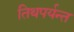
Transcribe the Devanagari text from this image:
तिथपर्यन्त